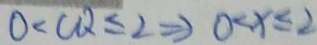
0 < C Q \leq 2 \Rightarrow 0 < x \leq 2